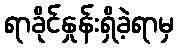
ရာခိုင်နှုန်းရှိခဲ့ရာမှ